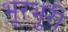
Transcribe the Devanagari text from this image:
भूरभुरी